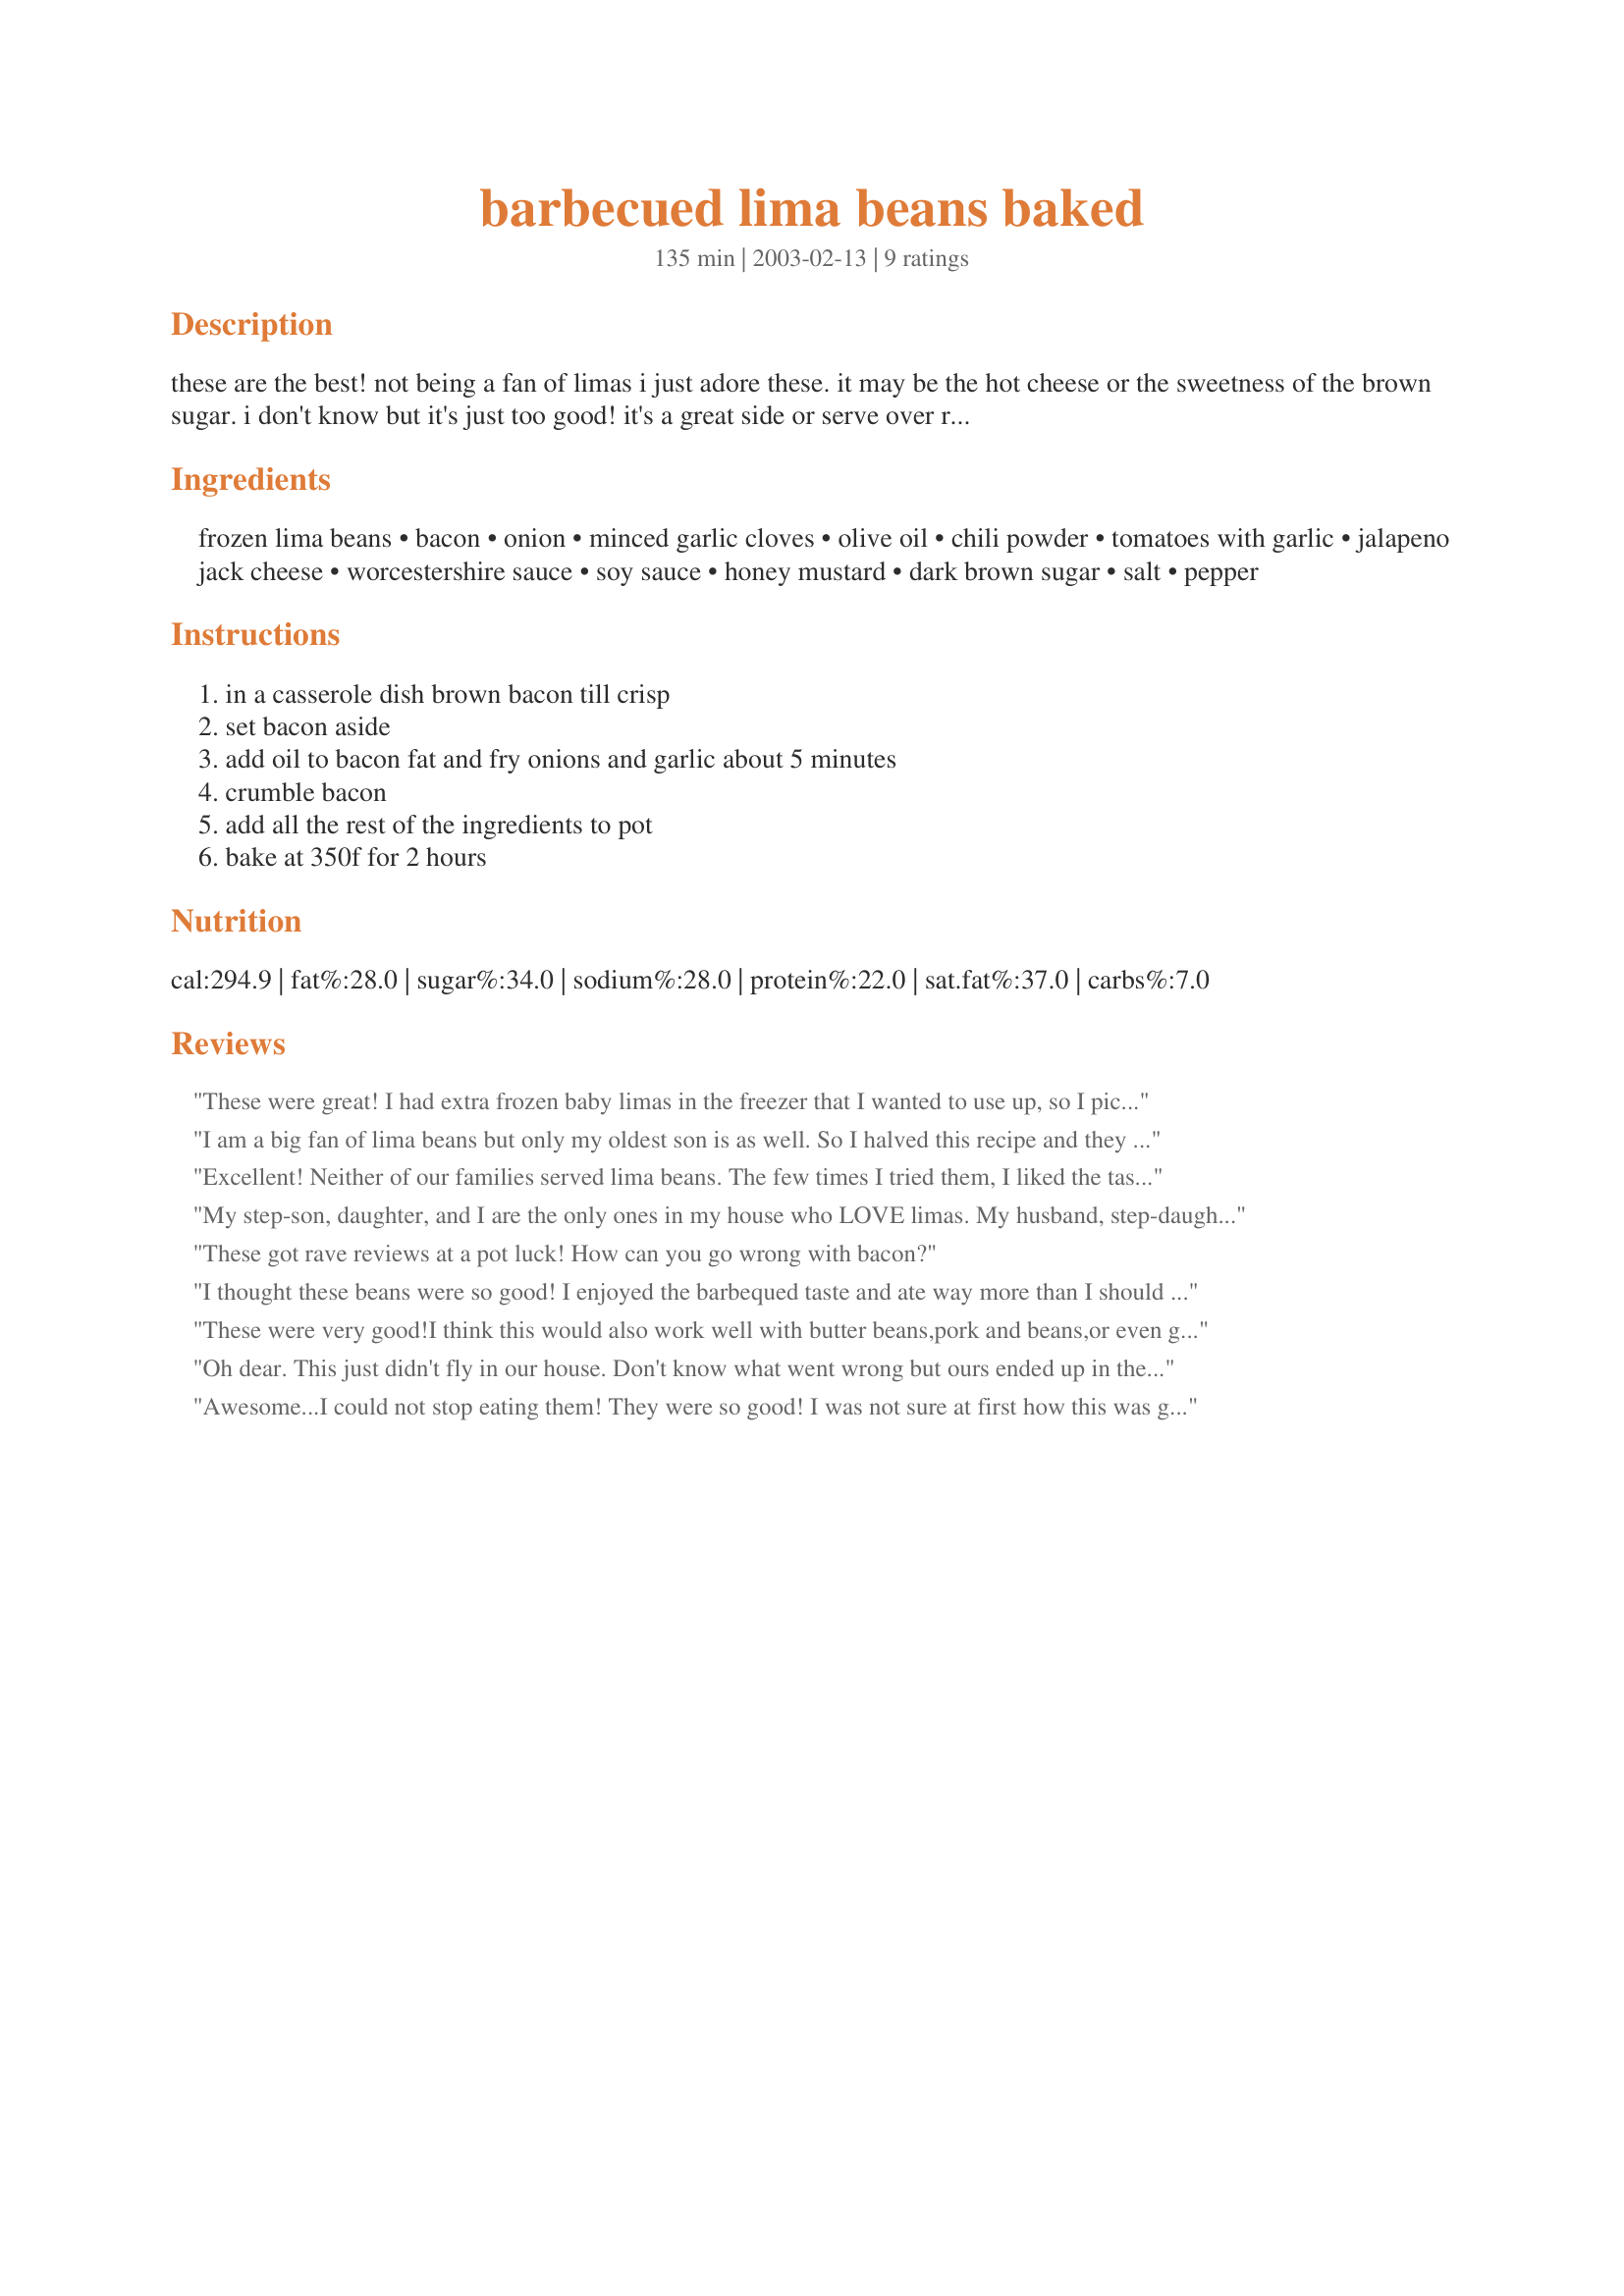
barbecued lima beans baked
Preparation time: 135 minutes

these are the best! not being a fan of limas i just adore these. it may be the hot cheese or the sweetness of the brown sugar. i don't know but it's just too good! it's a great side or serve over rice for a main meal. you can also skip the bacon if you're not into meat! you can add liquid smoke!

Ingredients:
frozen lima beans, bacon, onion, minced garlic cloves, olive oil, chili powder, tomatoes with garlic, jalapeno jack cheese, worcestershire sauce, soy sauce, honey mustard, dark brown sugar, salt, pepper

Steps:
in a casserole dish brown bacon till crisp, set bacon aside, add oil to bacon fat and fry onions and garlic about 5 minutes, crumble bacon, add all the rest of the ingredients to pot, bake at 350f for 2 hours

Reviews:
These were great! I had extra frozen baby limas in the freezer that I wanted to use up, so I picked this recipe. We are both lima bean fans (though as a kid I didn't like them all that much). I used veggie bacon (4 slices) as well as a few drops of liquid smoke, reduced oil to 1 teaspoon, used only 1 cup of pepper jack and 2 tablespoons brown sugar. I did not cover and experienced no dryness (did not preheat oven either, maybe that was why). Easy to make, you'll just need a spare 2 hours for baking. Smokey BBQ flavor was quite nice! Thanks Rita.
I am a big fan of lima beans but only my oldest son is as well. So I halved this recipe and they were yummy! We loved every bite. Made for ZWT4 for the Tastebud Tickling Travellers.
Excellent! Neither of our families served lima beans. The few times I tried them, I liked the taste but not the texture or the tough skins. Rita's recipes have been so wonderful that I thought I would give those lima's another chance. I made the recipe as directed and was having second thoughts about the taste before putting it in the oven. Two hours later, spicy BBQ flavored tender beans. The only problem was the recipe didn't specify whether to cover the casserole or not. After 45 minutes uncovered, the dish was getting too dry. I added 1/2 cup of water and a cover. Thanks Rita, we now love lima beans!
My step-son, daughter, and I are the only ones in my house who LOVE limas. My husband, step-daughter, and son will eat them but like to fuss about it. This recipe sure hushed them up. I used half pepper-jack cheese and half plain mj cheese because I wasn't sure how hot it would be. I have to be careful when cooking for the kids. 
That was just right for us. The bacon was a big plus that added to the barbecued flavor. All six of us thought this was worth 5-stars. We thank you.
These got rave reviews at a pot luck! How can you go wrong with bacon?
I thought these beans were so good! I enjoyed the barbequed taste and ate way more than I should of! Thanks for a great recipe. Oh, I used a mixture of cheddar and jack cheese and added a few chopped jalapeno rings!
These were very good!I think this would also work well with butter beans,pork and beans,or even great northern beans!I did not add the bacon and only used about half the jalapeno cheese and it was still plenty hot!I will try this again with another type of bean!Thanks for a versitile bean dish that was very good.
Oh dear. This just didn't fly in our house. Don't know what went wrong but ours ended up in the trash (waste of good bacon :(. ) Also, we weren't quite sure what to do w/ the frozen limas--put in frozen? thaw first? Don't think it says... I really wanted to like these, but they just weren't a hit.
Awesome...I could not stop eating them! They were so good! I was not sure at first how this was going to taste as the ingredients just did not seem to be suited to lima beans - oh heavens was I was wrong or what. I cooked everything in a cast iron pot on the burner and then threw the rest of the ingredients into the pot and put it in the oven... super fast and hardly any clean up! Thanks Rita!
